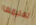
تعليمها